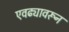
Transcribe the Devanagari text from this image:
एवढ्यावरून